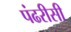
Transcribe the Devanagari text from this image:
पंढरीसी